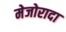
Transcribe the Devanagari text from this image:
मेजोरादा